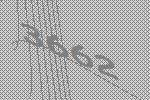
3662